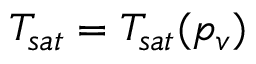
T _ { s a t } = T _ { s a t } ( p _ { v } )